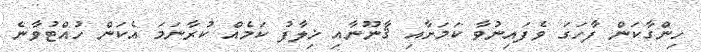
ހިންގާކަން ފާހަގަ ވެފައިނުވާ ކަމަށާއި ޤާނޫނާއި ޚިލާފު ކަމެއް ކުރާނަމަ އެކަން ހުއްޓުވާނެ